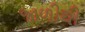
જાળીથી